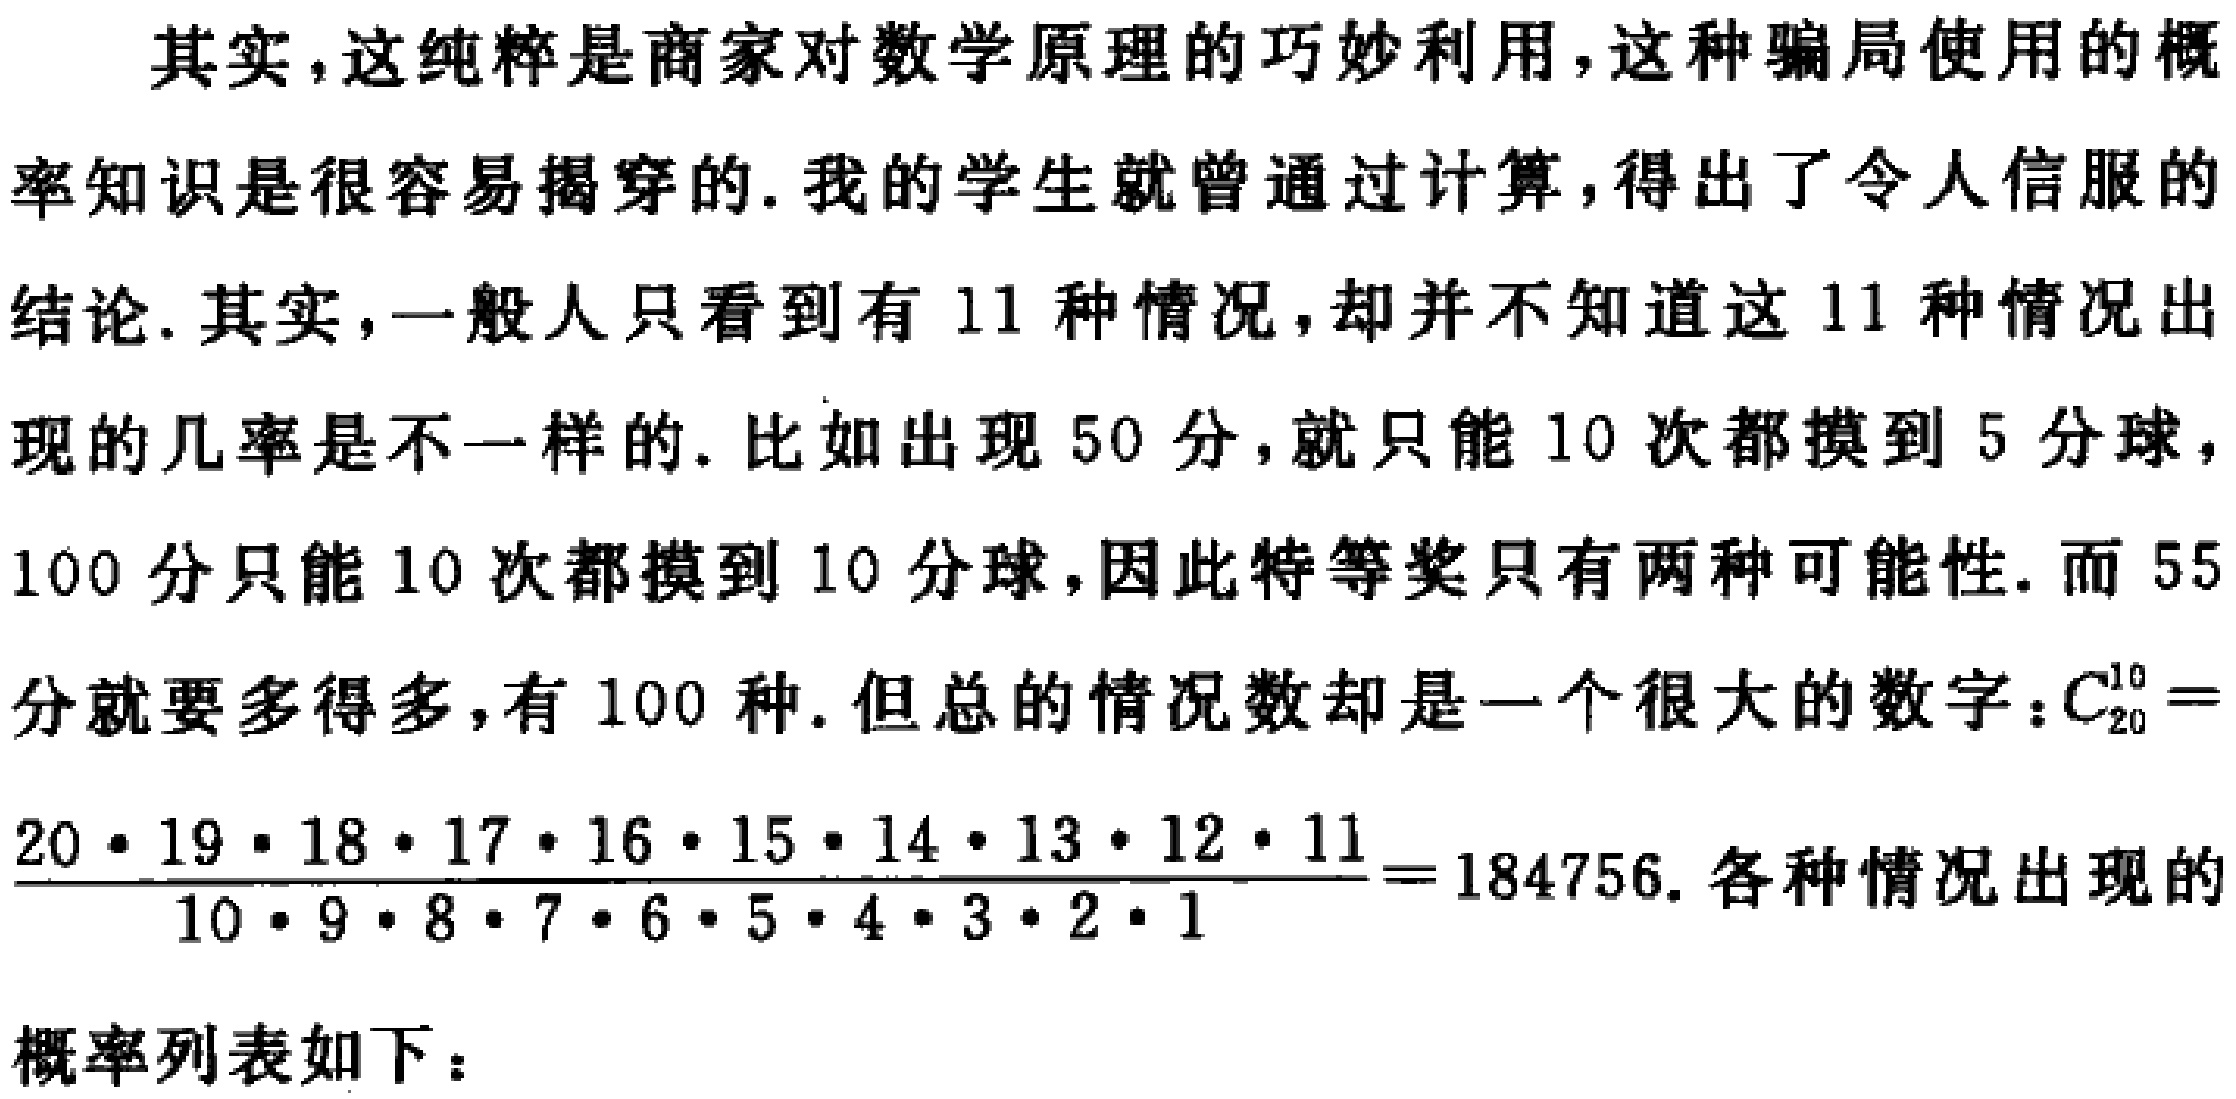
其实，这纯粹是商家对数学原理的巧妙利用，这种骗局使用的概率知识是很容易揭穿的. 我的学生就曾通过计算，得出了令人信服的结论. 其实，一般人只看到有 11 种情况，却并不知道这 11 种情况出现的几率是不一样的. 比如出现 50 分，就只能 10 次都摸到 5 分球，100 分只能 10 次都摸到 10 分球，因此特等奖只有两种可能性. 而 55 分就要多得多，有 100 种. 但总的情况数却是一个很大的数字：$C_{20}^{10}=\frac{20\cdot19\cdot18\cdot17\cdot16\cdot15\cdot14\cdot13\cdot12\cdot11}{10\cdot9\cdot8\cdot7\cdot6\cdot5\cdot4\cdot3\cdot2\cdot1}=184756$. 各种情况出现的概率列表如下：